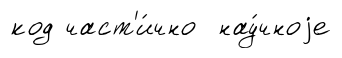
код част'и́чно нау́чноjе